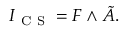
I _ { \mathrm { ~ C ~ S ~ } } = F \wedge \tilde { A } .